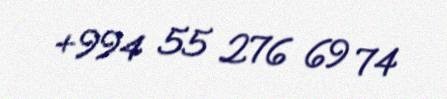
+994 55 276 69 74